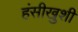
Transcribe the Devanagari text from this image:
हंसीखुशी